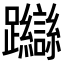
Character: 𨇼